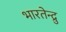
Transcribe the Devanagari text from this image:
भारतेन्द्रु